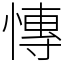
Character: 慱